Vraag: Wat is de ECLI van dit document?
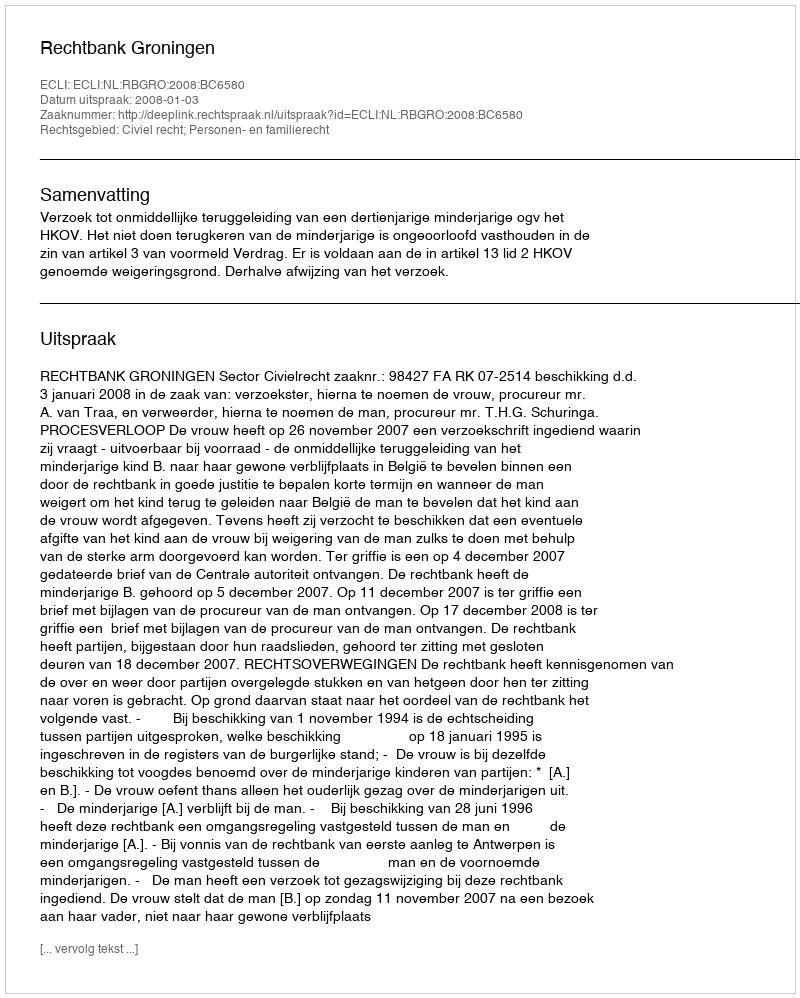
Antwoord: ECLI:NL:RBGRO:2008:BC6580